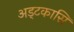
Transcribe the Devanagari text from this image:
अड्टकासि